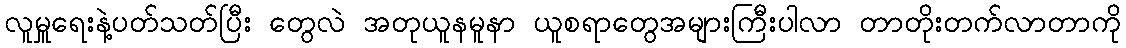
လူမှူရေးနဲ့ပတ်သတ်ပြီး တွေလဲ အတုယူနမူနာ ယူစရာတွေအများကြီးပါလာ တာတိုးတက်လာတာကို